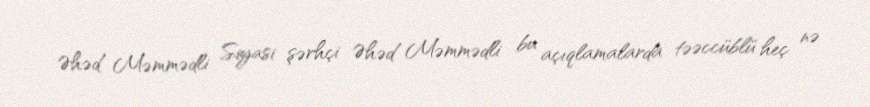
Əhəd Məmmədli Siyasi şərhçi Əhəd Məmmədli bu açıqlamalarda təəccüblü heç nə